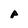
Character: p